Annual administration report of the Civil Veterinary Department of India - 1894-1895
Year: 1894
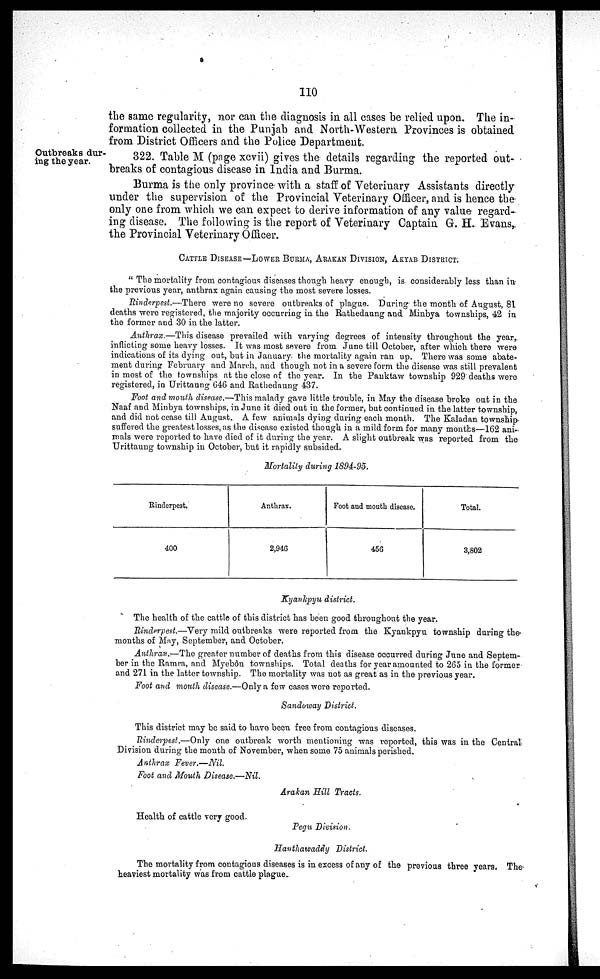
110
the same regularity, nor can the diagnosis in all cases be relied upon. The in-
formation collected in the Punjab and North-Western Provinces is obtained
from District Officers and the Police Department.
Outbreaks dur-
ing the year.
322. Table M (page xcvii) gives the details regarding the reported out-
breaks of contagious disease in India and Burma.
Burma is the only province with a staff of Veterinary Assistants directly
under the supervision of the Provincial Veterinary Officer, and is hence the
only one from which we can expect to derive information of any value regard-
ing disease. The following is the report of Veterinary Captain G. H. Evans,
the Provincial Veterinary Officer.
CATTLE DISEASE—LOWER BURMA, ARAKAN DIVISON, AKYAB DISTRICT
" The mortality from contagious diseases though heavy enough, is considerably less than in
the previous year, anthrax again causing the most severe losses.
Rinderpest.—There were no severe outbreaks of plague. During the month of August, 81
deaths were registered, the majority occurring in the Rathedaung and Minbya townships, 42 in
the former and 30 in the latter.
Anthrax.—This disease prevailed with varying degrees of intensity throughout the year,
inflicting some heavy losses. It was most severe from June till October, after which there were
indications of its dying out, but in January, the mortality again ran up. There was some abate-
ment during February and March, and though not in a severe form the disease was still prevalent
in most of the townships at the close of the year. In the Panktaw township 929 deaths were
registered, in Urittaung 646 and Rathedaung 437.
Foot and mouth disease.—This malady gave little trouble, in May the disease broke out in the
Naaf and Minbya townships, in June it died out in the former, but continued in the latter township,
and did not cease till August. A few animals dying during each month. The Kaladan township
suffered the greatest losses, as the disease existed though in a mild form for many months—162 ani-
mals were reported to have died of it during the year. A slight outbreak was reported from the
Urittaung township in October, but it rapidly subsided.
Mortality during 1894-95.
Rinderpest.
400
Anthrax.
2,946
Foot and mouth disease.
456
Total.
3,802
Kyankpyu district.
The health of the cattle of this district has been good throughout the year.
Rinderpest.—Very mild outbreaks were reported from the Kyankpyu township during the
months of May, September, and October.
Anthrax.—The greater number of deaths from this disease occurred during June and Septem-
ber in the Ramra, and Myebôn townships. Total deaths for year amounted to 265 in the former
and 271 in the latter township. The mortality was not as great as in the previous year.
Foot and mouth disease.—Only a few cases were reported.
Sandoway District.
This district may be said to have been free from contagious diseases.
Rinderpest.—Only one outbreak worth mentioning was reported, this was in the Central
Division during the month of November, when some 75 animals perished.
Anthrax
Fever.—Nil.
Foot and Mouth Disease.—Nil.
Arakan Hill Tracts.
Health of cattle very good.
Pegu Division.
Hanthawaddy
District.
The mortality from contagious diseases is in excess of any of the previous three years. The
heaviest mortality was from cattle plague.